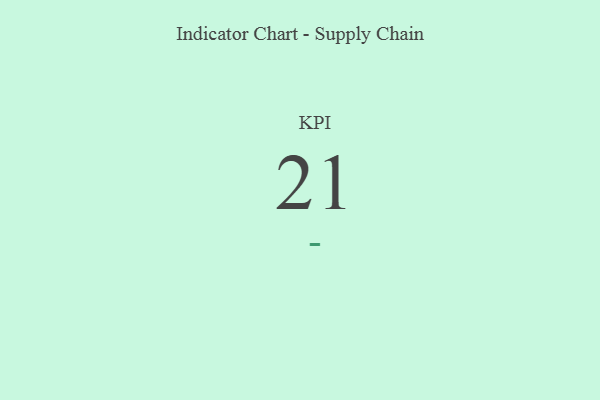
{"axis": {"x": "KPI", "y": "Value"}, "legend": [""], "data": [{"x": "KPI", "y": 21, "type": ""}]}